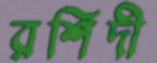
রশিদী